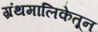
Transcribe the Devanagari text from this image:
ग्रंथमालिकेतून